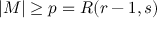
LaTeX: | M | \geq p = R ( r - 1 , s )